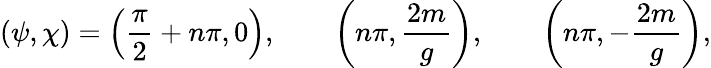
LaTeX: (\psi,\chi)=\left({\frac{\pi}{2}}+n\pi,0\right),\qquad\left(n\pi,{\frac{2m}{g}}\right),\qquad\left(n\pi,-{\frac{2m}{g}}\right),